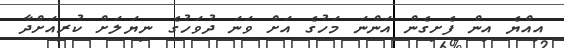
އިއްޔެ އިން ފެށިގެން އަންނަ މަހުގެ އަށް ވަނަ ދުވަހުގެ ނިޔަލަށް ކުރިއަށްދާ